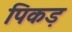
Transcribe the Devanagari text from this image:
पिकड़